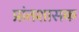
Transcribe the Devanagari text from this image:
प्रांतशासक